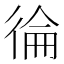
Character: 𭛴